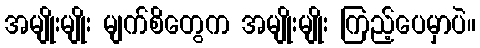
အမျိုးမျိုး မျက်စိတွေက အမျိုးမျိုး ကြည့်ပေမှာပဲ။